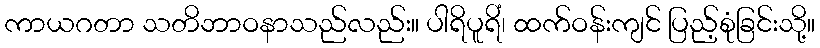
ကာယဂတာ သတိဘာဝနာသည်လည်း။ ပါရိပူရိံ၊ ထက်ဝန်းကျင် ပြည့်စုံခြင်းသို့။